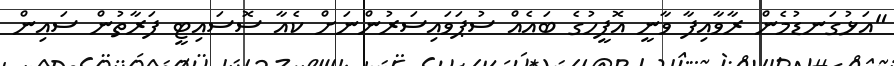
"އަޅުގަނޑުމެން ރާވާއިފާ ވާނީ އޮފީހުގެ ބައެއް ސުޕަވައިސަރުންނަށް ކެއާ ސޮސައިޓީ ފަރާތުން ސައިން